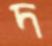
দ